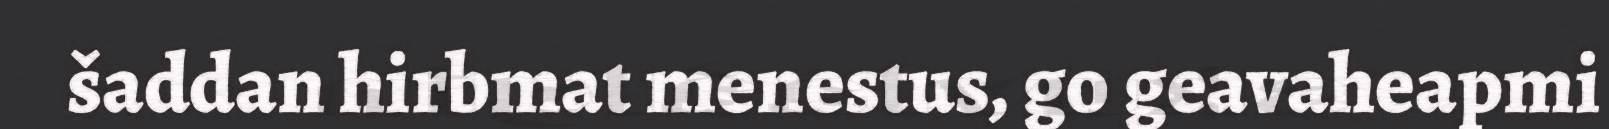
šaddan hirbmat menestus, go geavaheapmi